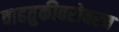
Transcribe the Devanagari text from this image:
वाहतुकीबरोबरच